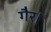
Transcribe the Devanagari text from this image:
गैर।